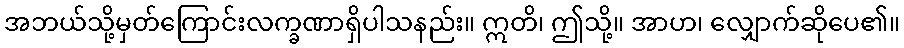
အဘယ်သို့မှတ်ကြောင်းလက္ခဏာရှိပါသနည်း။ ဣတိ၊ ဤသို့။ အာဟ၊ လျှောက်ဆိုပေ၏။